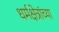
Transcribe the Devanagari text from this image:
धर्मक्षेत्रांच्या